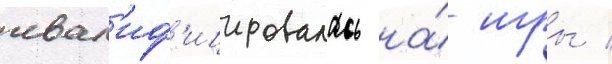
квал'иф'ицировалась на́ игры /